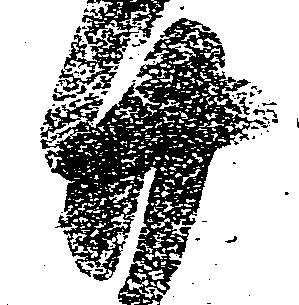
廿